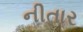
નીતાર